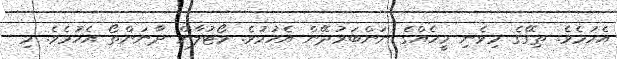
އެހުމެވެ. ތިގޭގެ މިވެނި މީހެއްގެ ނަންބަރުދޭން އެހުމުވެ. ވޯޓުލާން ދާނަންތޯ އެހުމެވެ. މި